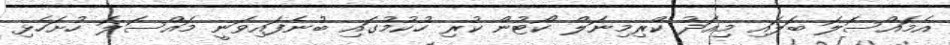
އެމައްސަލަ ބަލައި މިއަދު ކްރިމިނަލް ކޯޓުން ކުރި ހުކުމުގައި ބުނެފައިވަނީ މައްސަލަ ހުށަހެޅި